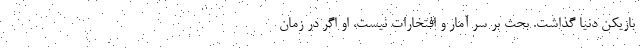
بازیکن دنیا گذاشت. بحث بر سر آمار و افتخارات نیست، او اگر در زمان